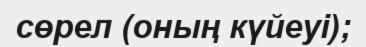
сөрел (оның күйеуі);